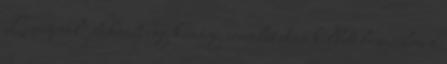
Liverpool játékosát egy kemény szerelés után kellett lecserélni a